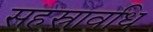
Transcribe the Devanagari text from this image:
सहस्रावधि